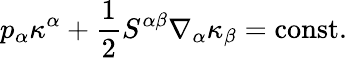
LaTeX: p_{\alpha}\kappa^{\alpha}+\frac{1}{2}S^{\alpha\beta}\nabla_{\alpha}\kappa_{\beta}=\mathrm{const}.